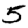
Digit: 5